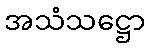
အသံသဋ္ဌော